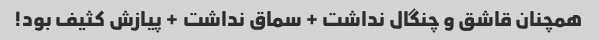
همچنان قاشق و چنگال نداشت + سماق نداشت + پیازش کثیف بود!